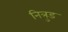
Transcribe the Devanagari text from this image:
नित्रुड